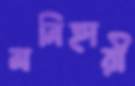
মনিহারী